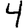
Digit: 4